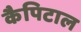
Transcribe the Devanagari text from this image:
कैपिटाल